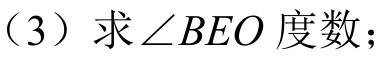
（3）求$\angle BEO$度数；